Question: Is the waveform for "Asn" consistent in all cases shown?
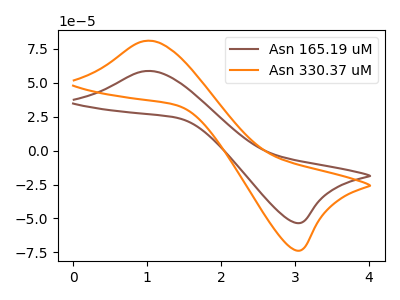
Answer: <think>The brown curve "Asn 165.19 uM" has an anodic peak at (1.05V, 58.65uA) and a cathodic peak at (3.00V, -53.35uA). The orange curve "Asn 330.37 uM" has an anodic peak at (1.05V, 80.90uA) and a cathodic peak at (3.00V, -73.65uA).
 All the peaks in "Asn 165.19 uM" have a peak in "Asn 330.37 uM" at the same potential. Every peak in "Asn 165.19 uM" is lower than every peak in "Asn 330.37 uM".</think>
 <answer>All the CV's of "Asn" have similar shape.</answer>
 <eval>follow_rule</eval>